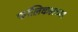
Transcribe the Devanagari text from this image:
फॉलिकलच्या